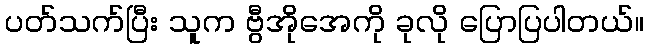
ပတ်သက်ပြီး သူက ဗွီအိုအေကို ခုလို ပြောပြပါတယ်။